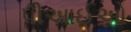
પીઆઈઓ